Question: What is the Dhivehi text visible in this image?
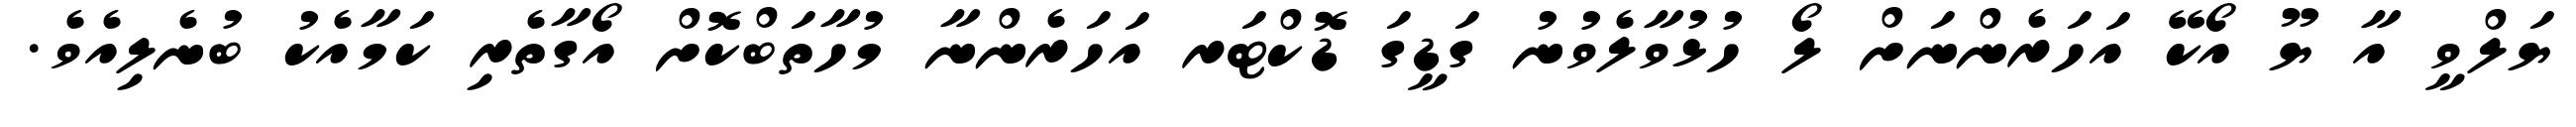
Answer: ޔަލްވީ އާ ޔޫ އޯކޭ އަހަރެންނަށް ލޯ ހުޅުވާލެވުނު ގަޑީގަ ޑޮކްޓަރ އަހަރެންނާ މުހާތަބްކޮށް އޯގާތެރި ކަމާއެކު ބުނެލިއެވެ.